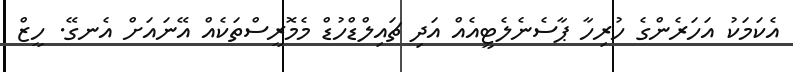
އެކަމަކު އަހަރެންގެ ހުރިހާ ޕާސެނެލެޓީއެއް އަދި ޗައިލްޑްހުޑް މެމޮރީސްތަކެއް އޭނައަށް އެނގޭ. ހީޒް